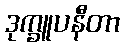
ဒုက္ခူပနီတာ